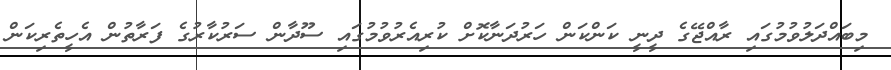
މިބައްދަލުވުމުގައި ރާއްޖޭގެ ދީނީ ކަންކަން ހަރުދަނާކޮށް ކުރިއެރުވުމުގައި ސޫދާން ސަރުކާރުގެ ފަރާތުން އެހީތެރިކަން